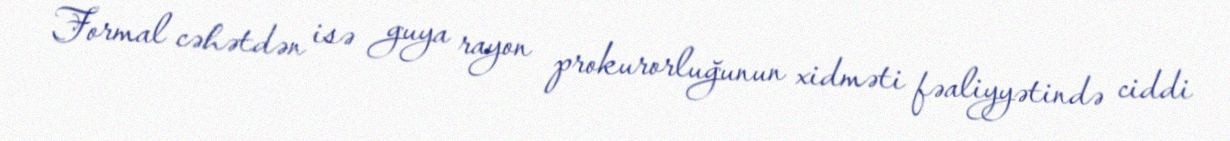
Formal cəhətdən isə guya rayon prokurorluğunun xidməti fəaliyyətində ciddi